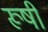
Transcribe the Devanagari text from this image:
रूषी